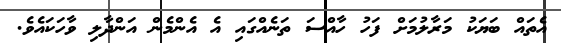
އެތައް ބަޔަކު މަރާލުމަށް ފަހު ހާއްސަ ތަނެއްގައި އެ އެންމެން އަންދާލި ވާހަކައެވެ.